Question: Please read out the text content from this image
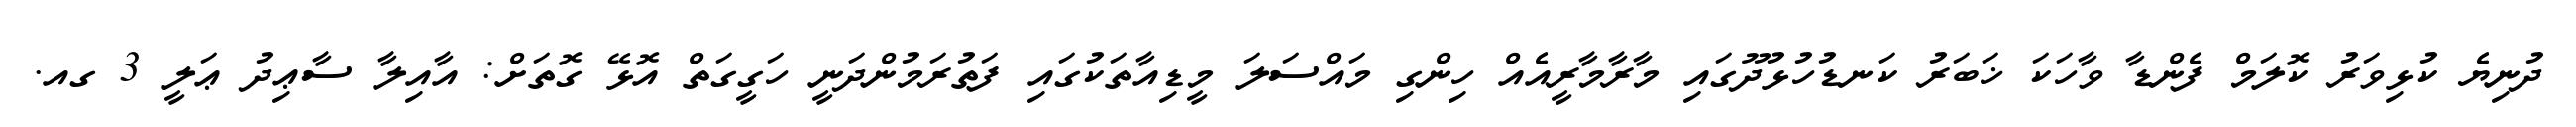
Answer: ދުނިޔެ ކުޅިވަރު ކޮލަމް ފެންޑާ ވާހަކަ ޚަބަރު ކަނޑުހުޅުދޫގައި މާރާމާރީއެއް ހިންގި މައްސަލަ މީޑިއާތަކުގައި ފަތުރަމުންދަނީ ހަގީގަތް އޮޅޭ ގޮތަށް: އާއިލާ ސާޢިދު ޢަލީ 3 ގއ.